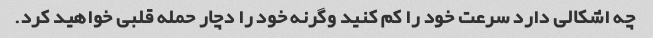
چه اشکالی دارد سرعت خود را کم کنید وگرنه خود را دچار حمله قلبی خواهید کرد.